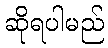
ဆိုရပါမည်